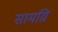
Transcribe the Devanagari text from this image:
सामग्रि